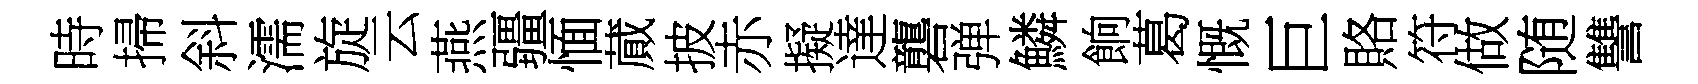
時掃斜濡旋云燕疆愐蕆披赤擬達礱弹鱗餉葛慨巨賂符做随讐